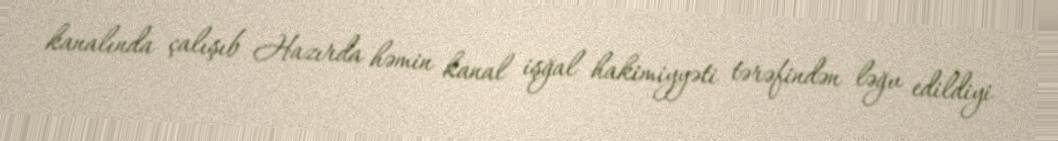
kanalında çalışıb Hazırda həmin kanal işğal hakimiyyəti tərəfindən ləğv edildiyi